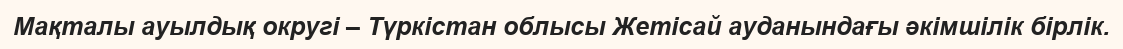
Мақталы ауылдық округі – Түркістан облысы Жетісай ауданындағы әкімшілік бірлік.